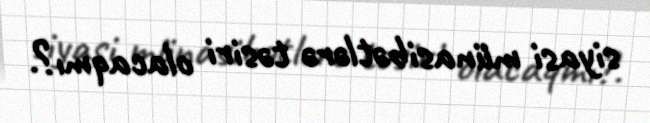
siyasi münasibətlərə təsiri olacaqmı?.